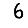
Digit: 6